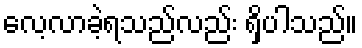
လေ့လာခဲ့ရသည်လည်း ရှိပါသည်။